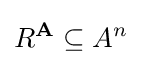
R^{\mathbf {A} }\subseteq A^{n}